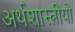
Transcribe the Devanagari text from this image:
अर्थशास्त्रीयो